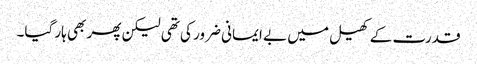
قدرت کے کھیل میں بے ایمانی ضرور کی تھی لیکن پھر بھی ہار گیا۔